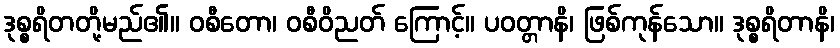
ဒုစ္စရိတတို့မည်၏။ ဝစီတော၊ ဝစီဝိညတ် ကြောင့်။ ပဝတ္တာနိ၊ ဖြစ်ကုန်သော။ ဒုစ္စရိတာနိ၊